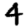
Digit: 4